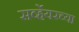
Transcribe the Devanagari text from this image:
सर्व्हेयरच्या